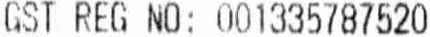
GST REG NO: 001335787520